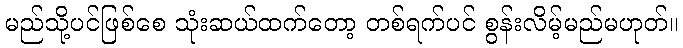
မည်သို့ပင်ဖြစ်စေ သုံးဆယ်ထက်တော့ တစ်ရက်ပင် စွန်းလိမ့်မည်မဟုတ်။